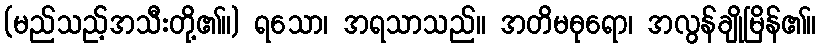
(မည်သည့်အသီးတို့၏။) ရသော၊ အရသာသည်။ အတိမဓုရော၊ အလွန်ချိုမြိန်၏။